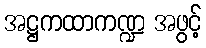
အဋ္ဌကထာကဏ္ဍ အဖွင့်